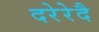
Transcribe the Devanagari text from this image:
दरेरेदै